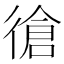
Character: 𱝷